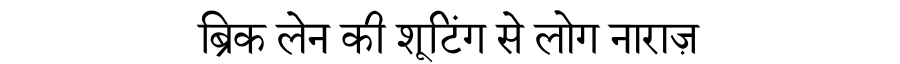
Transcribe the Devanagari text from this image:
ब्रिक लेन की शूटिंग से लोग नाराज़